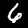
Label: 6